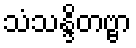
သံသန္ဒိတဗ္ဗာ